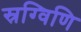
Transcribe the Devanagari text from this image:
स्रग्विणि